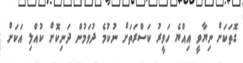
ގޮތަކަށް ނިޔާވީ އިއްޔެ ހަވީރު ކަސްރަތަށް ނުކުމެ ދުވަމުން ދަނިކޮށް ކުއްލި އަކަށް